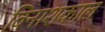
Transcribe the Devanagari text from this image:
विनाशकाल